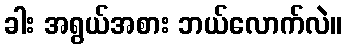
ခါး အရွယ်အစား ဘယ်လောက်လဲ။